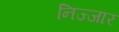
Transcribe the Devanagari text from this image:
निज्जार